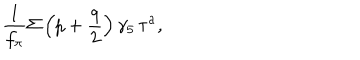
\frac { 1 } { f _ { \pi } } \Sigma \left( p + \frac { q } { 2 } \right) \gamma _ { 5 } \, \tau ^ { a } ,